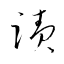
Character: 蹟